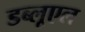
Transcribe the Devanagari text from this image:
डब्लूएल